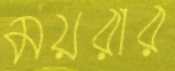
ময়রার